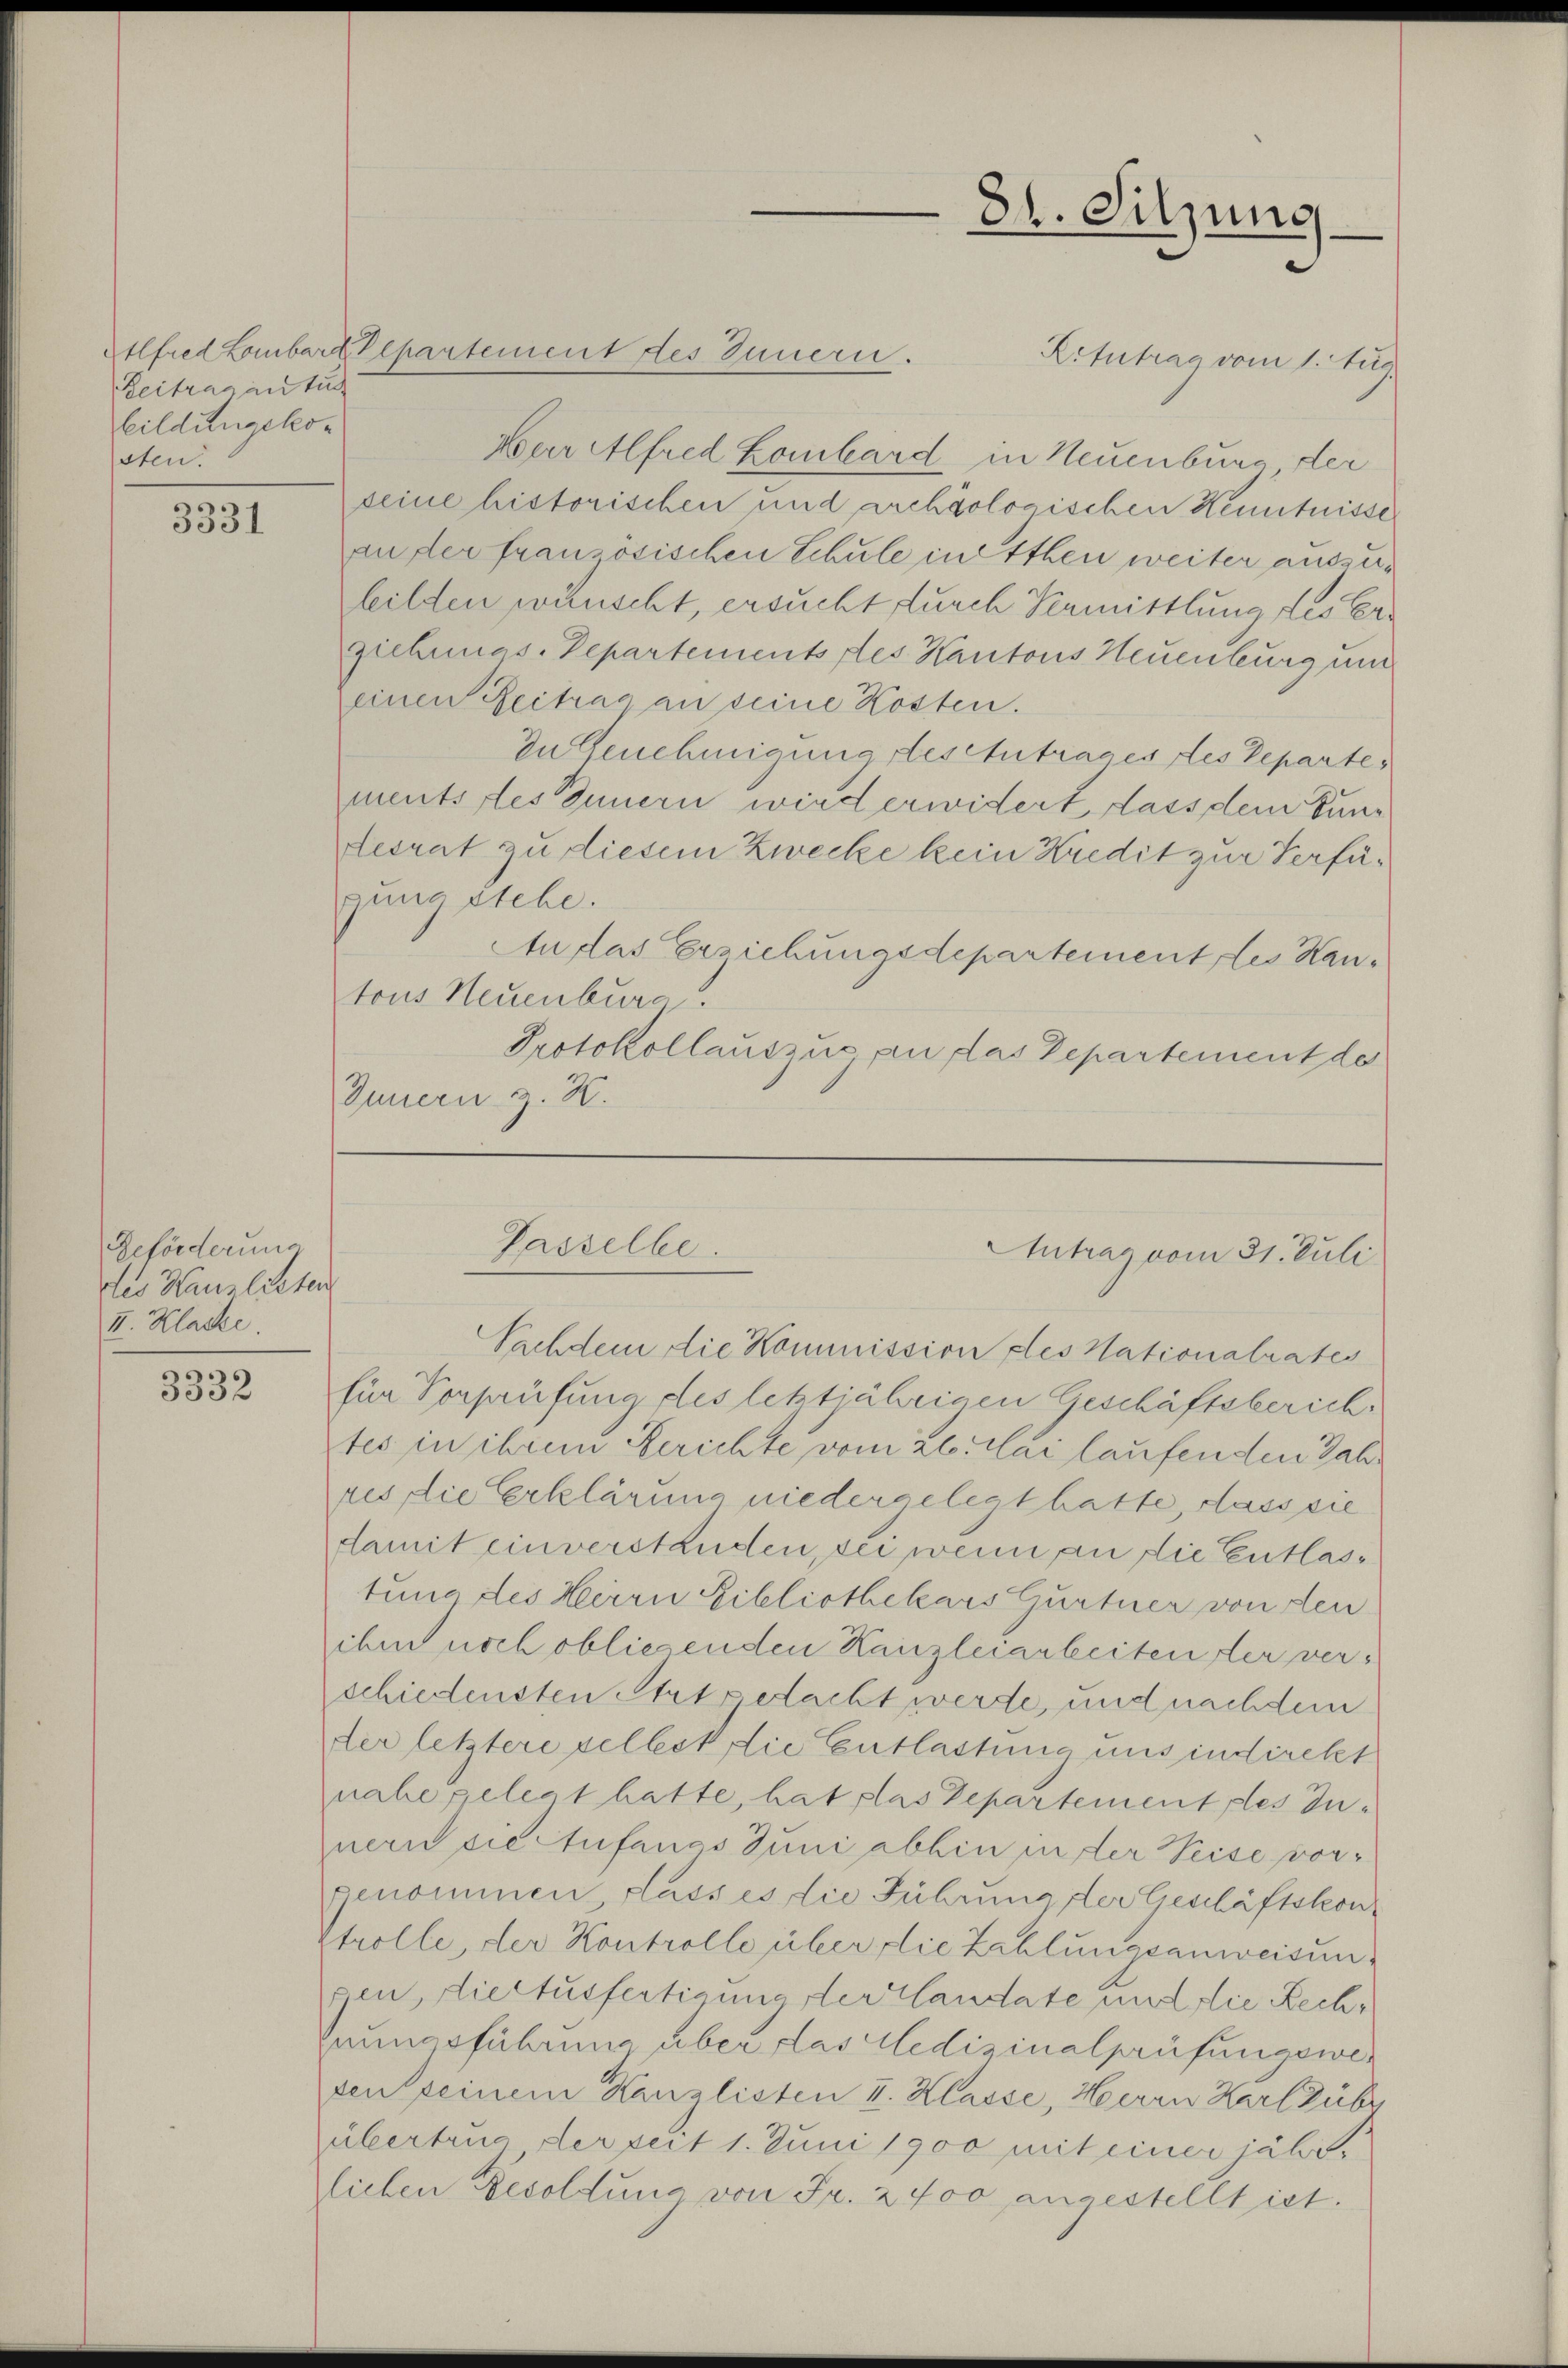
Zeitrag an tut
Bildungskosten.

3331

Geförderung
des Hauslisten
II. Klacke

3332

Kitutrag vom 1. Aug.
Herr Alfred Hanhard in Neuenburg der
seine historischen und archäologischen Kenntnisse
an der französischen Schule in Ithen weiter auszuleilden wünscht, ersucht durch Vermittlung des Ergichmas. Departements des Kantons Neuenburg und
einen Zeitrag an seine Kosten.
In Genehmigung stes tutrages des Departe,
mentsstes Innern wird erwidert, dass dem Bundesrat zu diesem Zwecke kein Kredit zur Verfügung stehe.
An das Erziehungsdepartement des Kantous Neuenburg
Protokollauszus an das Departement der
Innern z. H.

Alfred Lombardepartement des Innern.

Gasselbe.

8t. Sitzung.

Antrag vom 31. Juli

Nachdem die Kommission ples Nationalrates
für Vorprüfung des letztjährigen Geschäftsberich
tes in ihrem Berichte vom 26. Mai laufenden Jahres die Erklärung niedergelegt hatte, dass sie
damit einverstanden, sei wenn an die Entlastung des Herrn Bibliothekars Gurtner von den
ihm noch obliegenden Kanzleiarbeiten der verschiedensten Art dacht werde, und nachdem
der letztere selbst die Entlastung uns indirekt
nahe gelegt hatte, hat das Departement des Innern sie Aufenes Juni abhin in der Weise vorgenommen, dass es die Führung der Geschäftskon¬
Strolle, der Kontrolle über die Zahlungsanweisung
gen, die Ausfertigung ster landate und die Rechnungsführung über das Medizinalprüfungswer
den seinem Kanzlisten I. Klasse, Herrn Karl Zübr
übertrug der Zeit 1. Juni 1900 mit einer jährlichen Besoldung von Fr. 2700 angestellt ist.